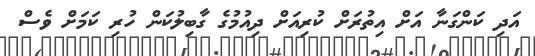
އަދި ކަންގަނާ އަށް އިތުރަށް ކުރިއަށް ދިއުމުގެ ގާބިލުކަން ހުރި ކަމަށް ވެސް